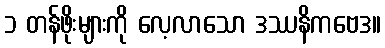
၁ တန်ဖိုးများကို လေ့လာသော ဒဿနိကဗေဒ။